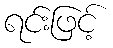
ရင်းဖြင့်